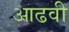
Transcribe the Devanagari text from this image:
आढवी